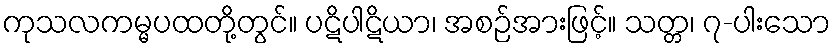
ကုသလကမ္မပထတို့တွင်။ ပဋိပါဋိယာ၊ အစဉ်အားဖြင့်။ သတ္တ၊ ၇-ပါးသော